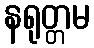
နရုတ္တမ